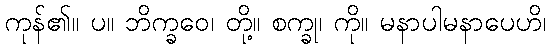
ကုန်၏။ ပ။ ဘိက္ခဝေ၊ တို့။ စက္ခု၊ ကို။ မနာပါမနာပေဟိ၊